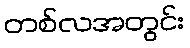
တစ်လအတွင်း